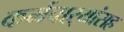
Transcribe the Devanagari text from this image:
कर्मचाऱ्यांसह